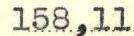
158,11